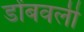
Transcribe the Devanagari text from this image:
डोंबवली